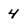
Character: 4